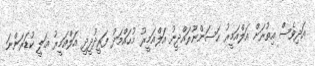
އަދިވެސް އިތުރަށް އަލްއަމީރު ޙަސަންނޫރައްދީނު އަލްއަމީރު މުޙައްމަދު ފަރީދުދީދީ އަލްއަމީރު ޢަލީ ކުޑަރަންނަ